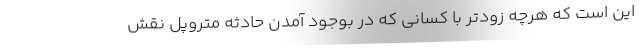
این است که هرچه زودتر با کسانی که در بوجود آمدن حادثه متروپل نقش